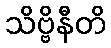
သိဗ္ဗိနီတိ